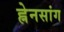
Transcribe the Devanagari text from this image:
ह्नेनसांग